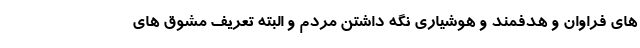
های فراوان و هدفمند و هوشیاری نگه داشتن مردم و البته تعریف مشوق های